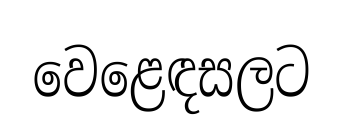
වෙළෙඳසලට